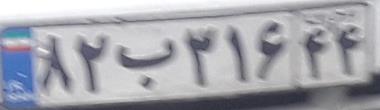
۸۲ب۳۱۶۴۴